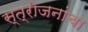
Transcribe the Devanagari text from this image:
स्त्रीजनांचा